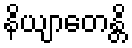
နိယျာတေန္တိ